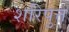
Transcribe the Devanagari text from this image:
शरिपुत्त